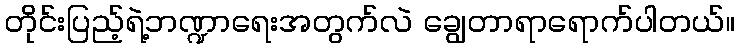
တိုင်းပြည့်ရဲ့ဘဏ္ဍာရေးအတွက်လဲ ချွေတာရာရောက်ပါတယ်။